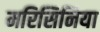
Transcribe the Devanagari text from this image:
मरिसिनिया